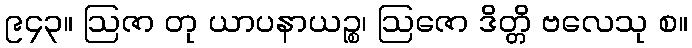
၉၄၃။ ဩဇာ တု ယာပနာယဉ္စ၊ ဩဇော ဒိတ္တိ ဗလေသု စ။